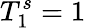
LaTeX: T_{1}^{s}=1